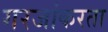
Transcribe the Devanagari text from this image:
गरजांकरता